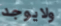
ولايوجد